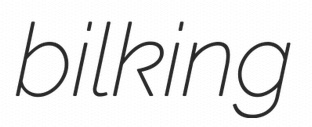
bilking